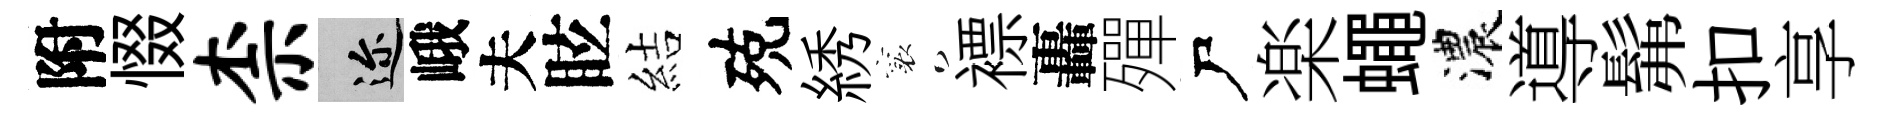
附惙柰邇峨夫眩結殑綉襄褾轟殫尸楽蠅濃導髴扣享